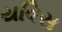
યવિસ